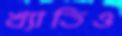
খ্যাতিও